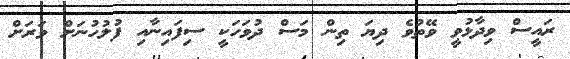
ރައީސް ވިދާޅުވީ ވޭތުވެ ދިޔަ ތިން މަސް ދުވަހަކީ ސިފައިނާއި ފުލުހުނަށް ވަރަށް